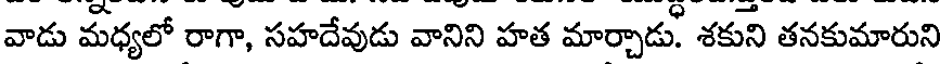
వాడు మధ్యలో రాగా, సహదేవుడు వానిని హత మార్చాడు. శకుని తనకుమారుని